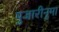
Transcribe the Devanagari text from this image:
पुजारीनुमा